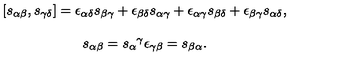
\begin{array} { c } { [ s _ { \alpha \beta } , s _ { \gamma \delta } ] = \epsilon _ { \alpha \delta } s _ { \beta \gamma } + \epsilon _ { \beta \delta } s _ { \alpha \gamma } + \epsilon _ { \alpha \gamma } s _ { \beta \delta } + \epsilon _ { \beta \gamma } s _ { \alpha \delta } , } \\ { { } } \\ { s _ { \alpha \beta } = s _ { \alpha } { } ^ { \gamma } \epsilon _ { \gamma \beta } = s _ { \beta \alpha } . } \\ \end{array}